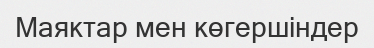
Маяктар мен көгершіндер